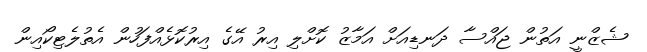
ޝެޒްނީ އަތުން ޖައްސާ ދަނޑިއަށް އަމާޒު ކޮށްލި އިރު އޭގެ އިރުކޮޅެއްފަހުން އެތުލެޓިކޯއިން